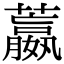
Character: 䕦